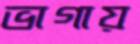
ভাগায়